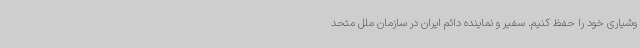
وشیاری خود را حفظ کنیم. سفیر و نماینده دائم ایران در سازمان ملل متحد